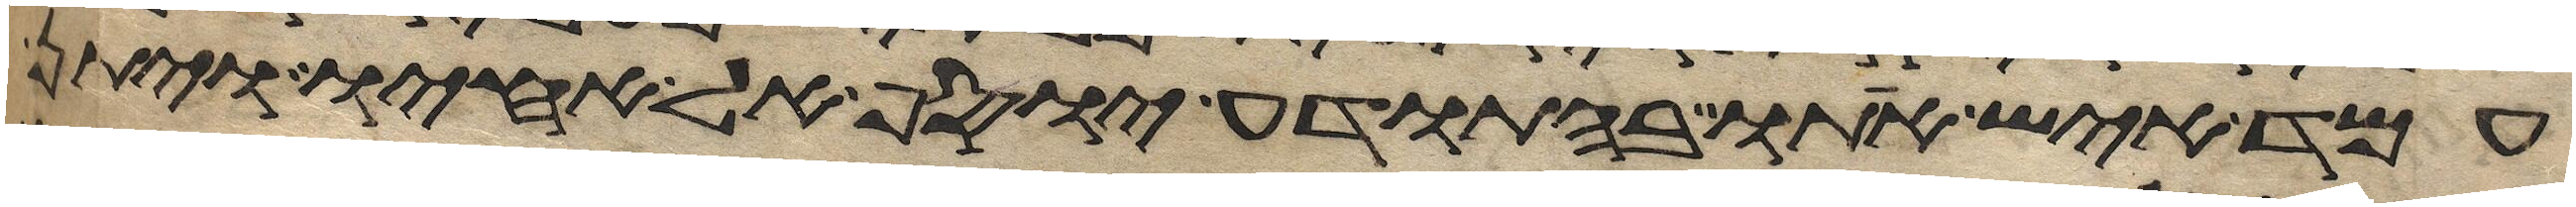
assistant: עמד איש אתו בהתודע יוסף אל אחיו ויתן